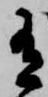
有